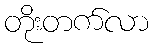
တိုးတက်လာ